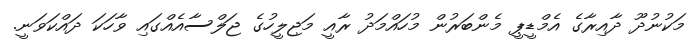
މަކުނުދޫ ދާއިރާގެ އެމްޑީޕީ މެންބަރުން މުހައްމަދު ރާއީ މަޖިލީހުގެ ޖަލްސާއެއްގައި ވާހަކަ ދައްކަވަނީ.